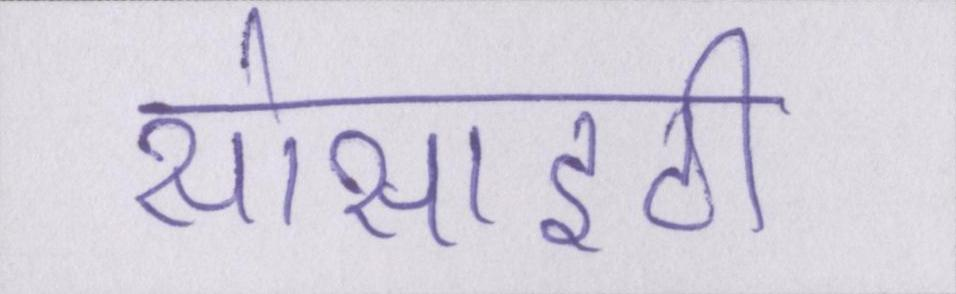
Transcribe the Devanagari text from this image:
सोसाइटी